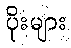
ပိုးများ